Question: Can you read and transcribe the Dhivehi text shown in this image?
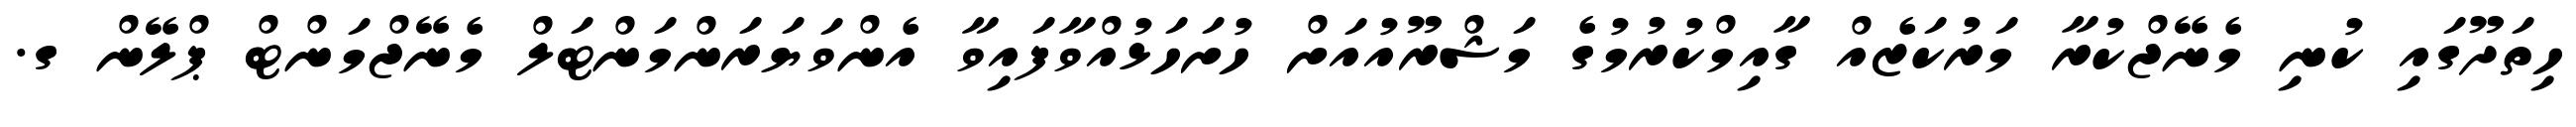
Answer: ހިތަދޫގައި ކުނި މެނޭޖްކުރާ މަރުކަޒެއް ގާއިމްކުރުމުގެ މަޝްރޫއުއަށް ހުށަހަޅުއްވާފައިވާ އެންވަޔަރަންމަންޓަލް މެނޭޖްމަންޓް ޕްލޭން ގ.